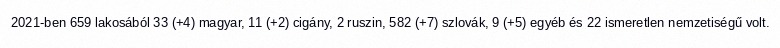
2021-ben 659 lakosából 33 (+4) magyar, 11 (+2) cigány, 2 ruszin, 582 (+7) szlovák, 9 (+5) egyéb és 22 ismeretlen nemzetiségű volt.